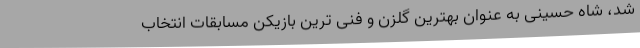
شد، شاه حسینی به عنوان بهترین گلزن و فنی ترین بازیکن مسابقات انتخاب